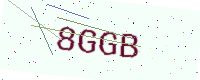
Text: 8GGB